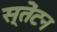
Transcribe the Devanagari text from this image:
स्तेंटन